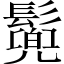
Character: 𩮷